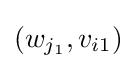
(w_{j_{1}},v_{i1})